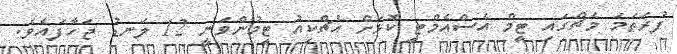
ފުރަތަމަ މެޗްގައި ޓީމް އެސްއެމްޓީ ކޮޅަށް އެޗްކިއު ޓީމުންވަނީ 12 ލަނޑު ޖަހާފައެވެ.